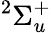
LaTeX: ^{2}\Sigma_{u}^{+}